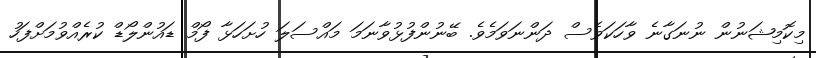
މިކޮމިޝަނުން ނުނަގާނެ ވާހަކަވެސް ދަންނަވަމެވެ. ބޭނުންފުޅުވާނަމަ މައްސަލަ ހުށަހަޅާ ފޯމް ޑައުންލޯޑް ކުރެއްވުމަށްފަހު